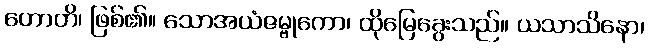
ဟောတိ၊ ဖြစ်၏။ သောအယံဇမ္ဗုကော၊ ထိုမြေခွေးသည်။ ယသာသိနော၊